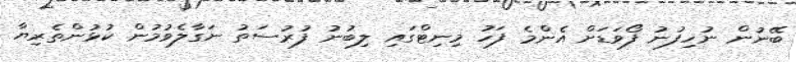
ބޭނުން ނުހިފުނު ފޯވަޑަށް އެންމެ ފަހު މިނިޓްގައި ލިބުނު ފުރުސަތު ނަގާލެވުމުން ކުޅުންތެރިޔާ